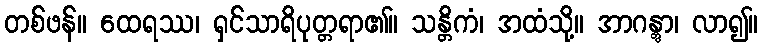
တစ်ဖန်။ ထေရဿ၊ ရှင်သာရိပုတ္တရာ၏။ သန္တိကံ၊ အထံသို့။ အာဂန္တွာ၊ လာ၍။